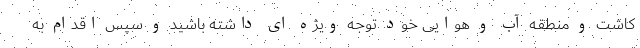
کاشت و منطقه آب و هوایی خود توجه ویژه ای داشته باشید و سپس اقدام به